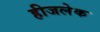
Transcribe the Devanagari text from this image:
हीजलेक